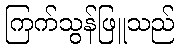
ကြက်သွန်ဖြူသည်